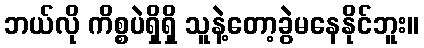
ဘယ်လို ကိစ္စပဲရှိရှိ သူနဲ့တော့ခွဲမနေနိုင်ဘူး။